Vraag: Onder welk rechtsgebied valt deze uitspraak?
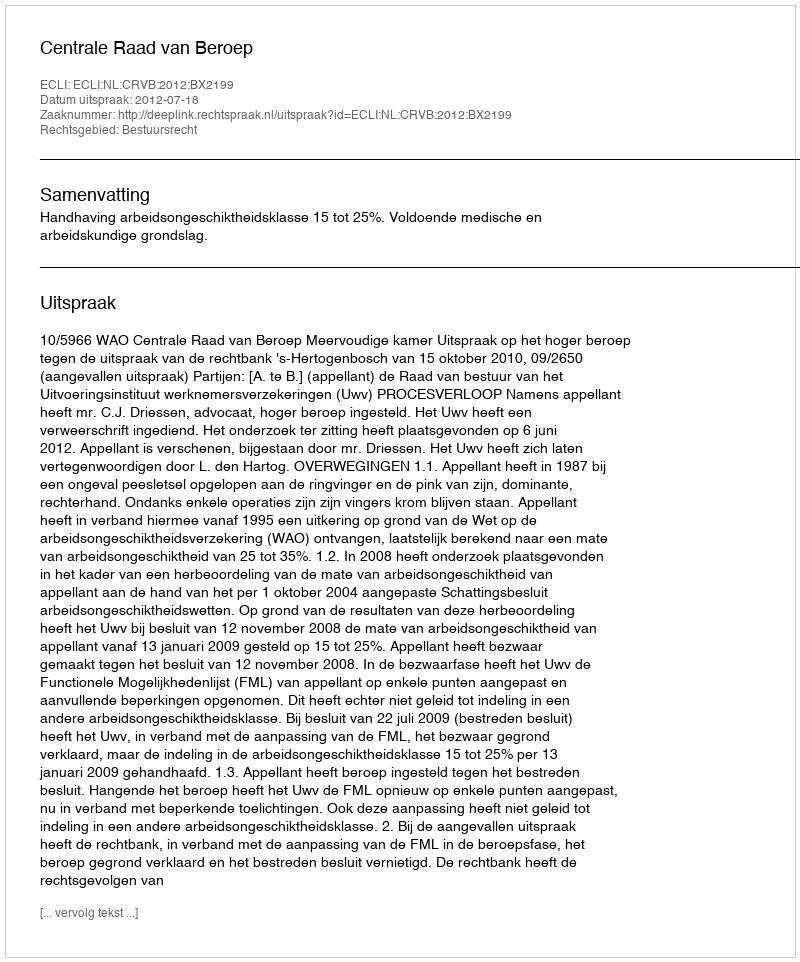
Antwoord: Bestuursrecht